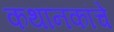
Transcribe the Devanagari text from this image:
कथानकांचे